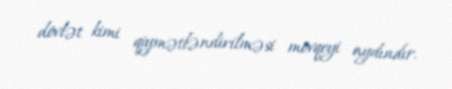
dövlət kimi qiymətləndirilməsi mövqeyi aydındır.